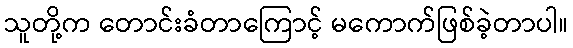
သူတို့က တောင်းခံတာကြောင့် မကောက်ဖြစ်ခဲ့တာပါ။